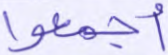
أجمعوا